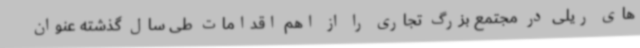
های ریلی در مجتمع بزرگ تجاری را از اهم اقدامات طی سال گذشته عنوان